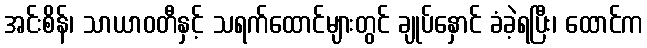
အင်းစိန်၊ သာယာဝတီနှင့် သရက်ထောင်များတွင် ချုပ်နှောင် ခံခဲ့ရပြီး၊ ထောင်က